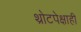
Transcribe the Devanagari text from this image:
थ्रोटपेक्षाही